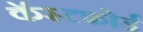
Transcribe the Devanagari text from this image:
कॅस्टफोर्ड